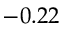
- 0 . 2 2